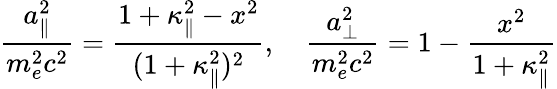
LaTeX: \frac{a_{\| }^{2}}{m_{e}^{2}c^{2}}=\frac{1+\kappa_{\| }^{2}-x^{2}}{(1+\kappa_{\| }^{2})^{2}},\quad\frac{a_{\perp}^{2}}{m_{e}^{2}c^{2}}=1-\frac{x^{2}}{1+\kappa_{\| }^{2}}